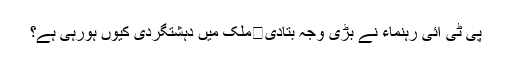
پی ٹی آئی رہنماء نے بڑی وجہ بتادی	ملک میں دہشتگردی کیوں ہورہی ہے؟